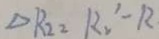
\Delta R _ { 2 2 } = R _ { 2 } ^ { \prime } - R